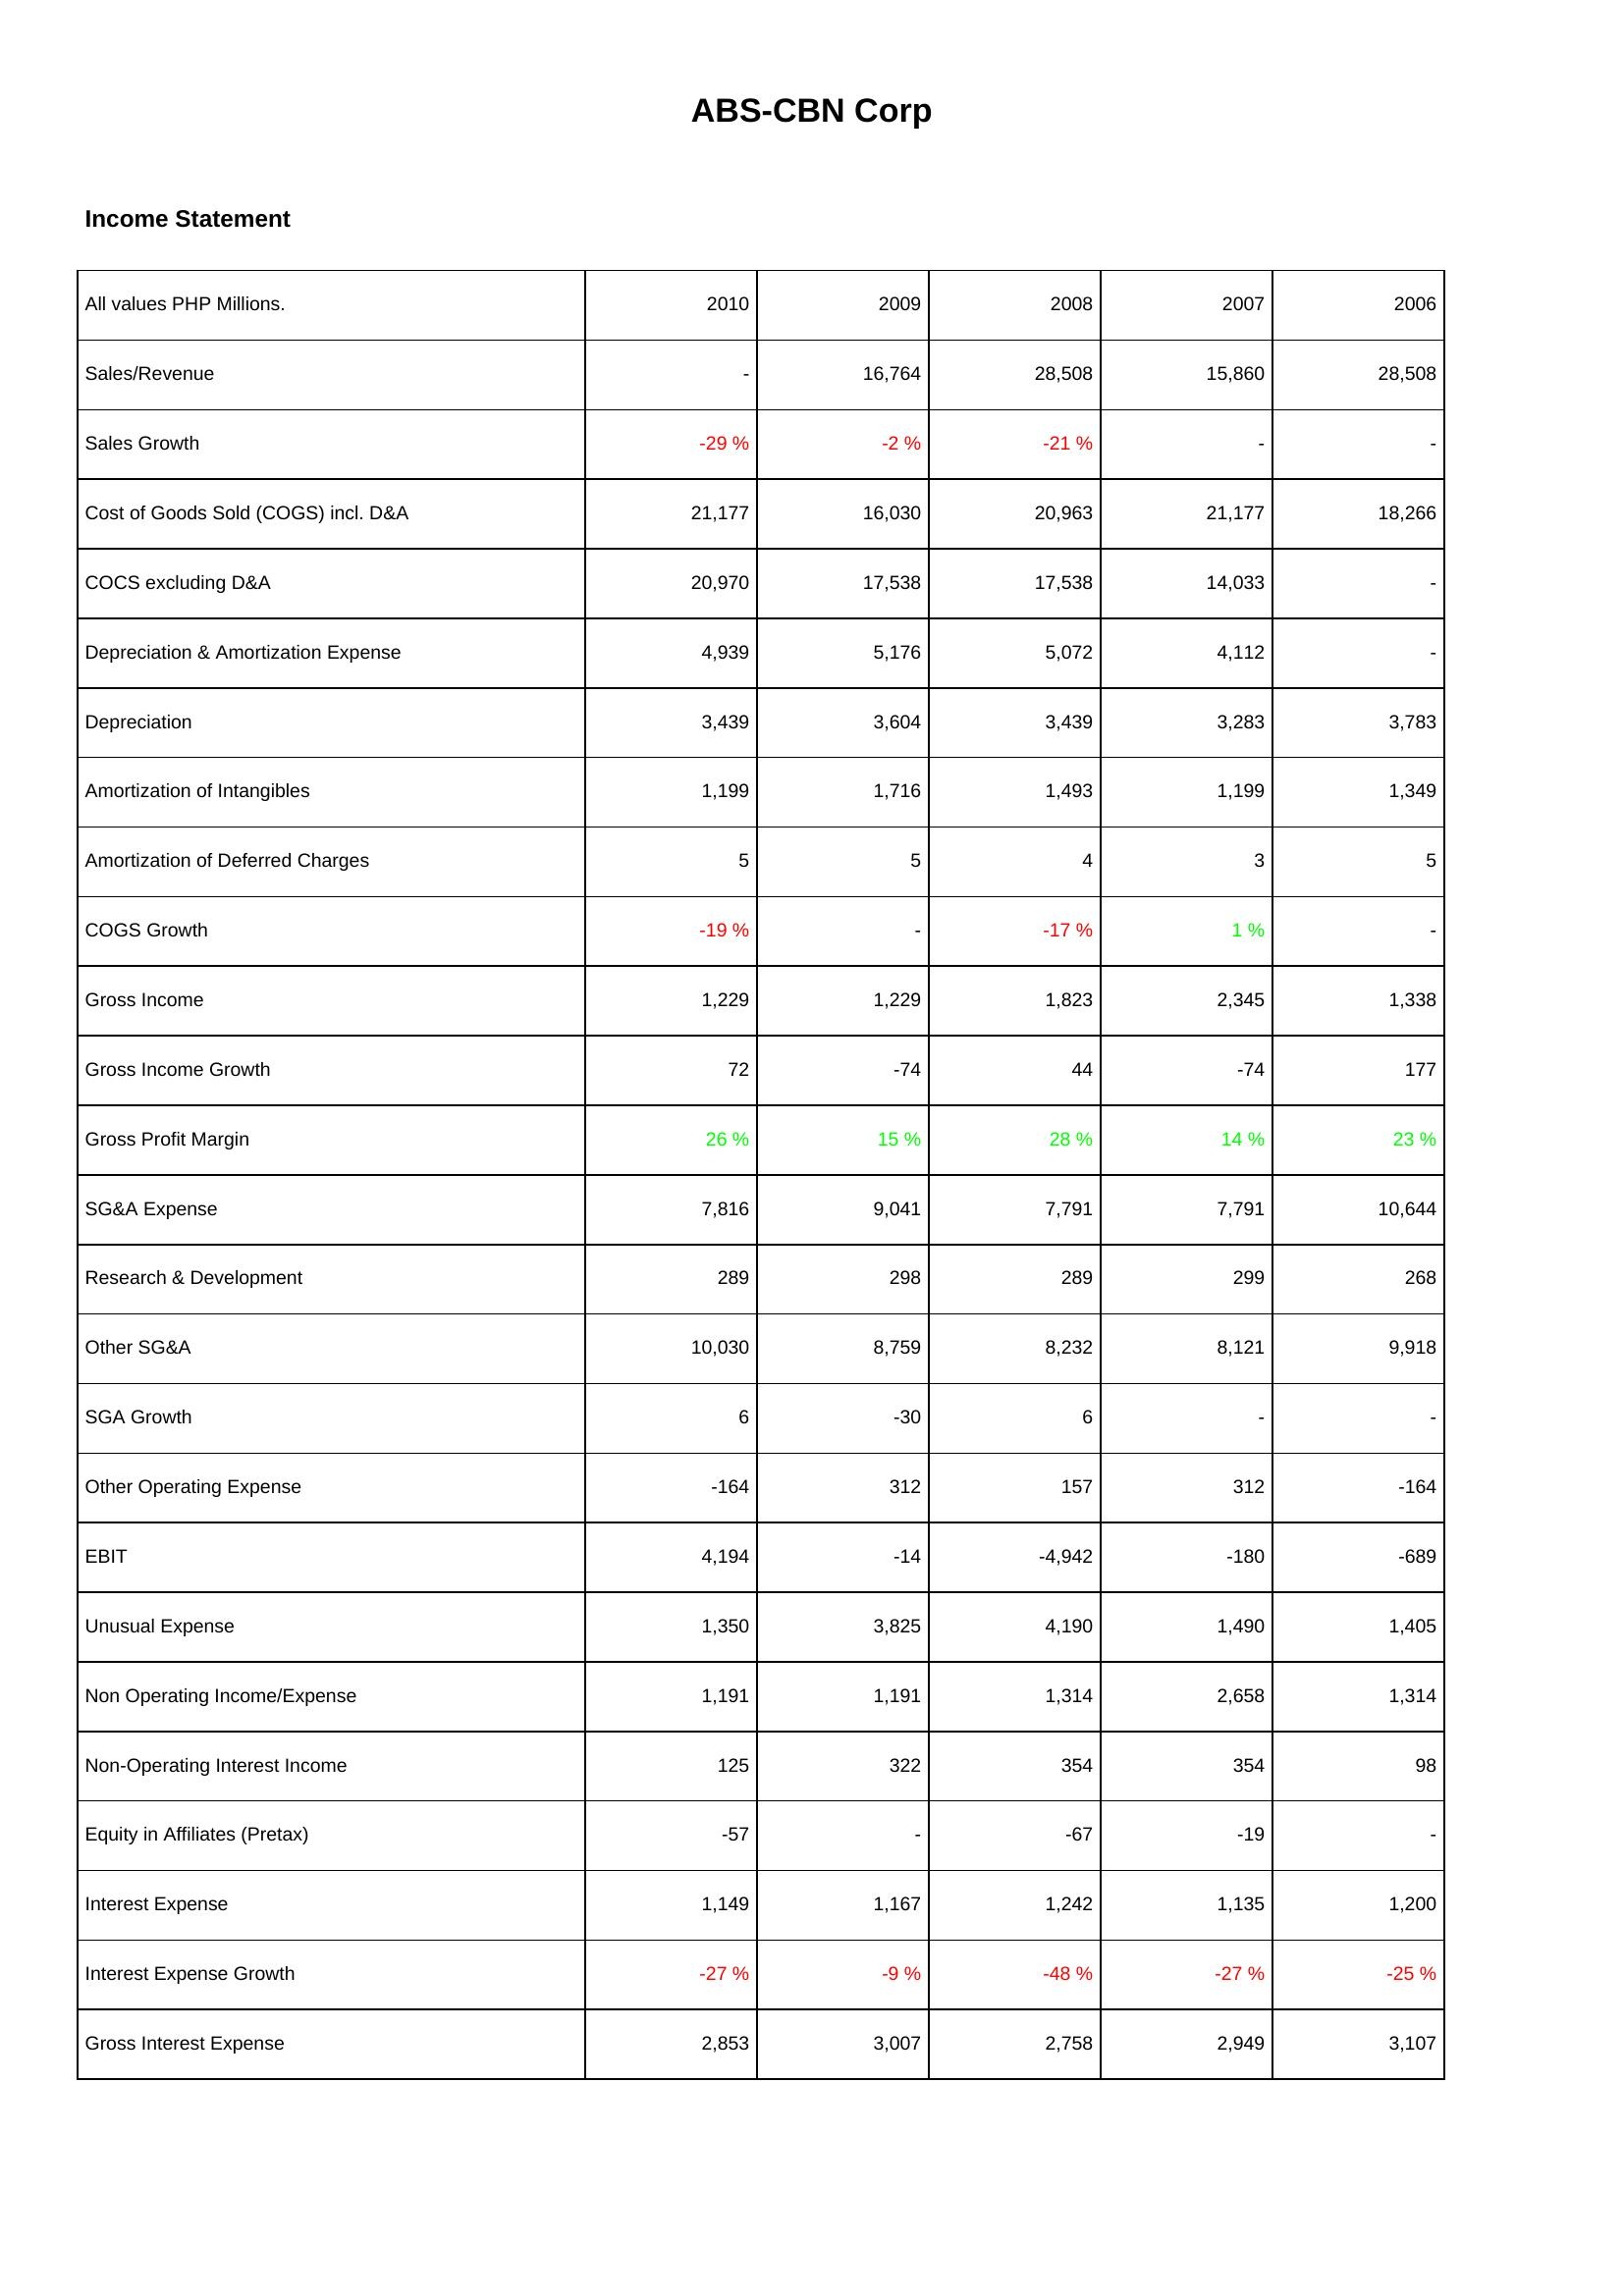
2010: Income Statement: Sales/Revenue: -
Sales Growth: -29 %
Cost of Goods Sold (COGS) incl. D&A: 21,177
COCS excluding D&A: 20,970
Depreciation & Amortization Expense: 4,939
Depreciation: 3,439
Amortization of Intangibles: 1,199
Amortization of Deferred Charges: 5
COGS Growth: -19 %
Gross Income: 1,229
Gross Income Growth: 72
Gross Profit Margin: 26 %
SG&A Expense: 7,816
Research & Development: 289
Other SG&A: 10,030
SGA Growth: 6
Other Operating Expense: -164
EBIT: 4,194
Unusual Expense: 1,350
Non Operating Income/Expense: 1,191
Non-Operating Interest Income: 125
Equity in Affiliates (Pretax): -57
Interest Expense: 1,149
Interest Expense Growth: -27 %
Gross Interest Expense: 2,853
2009: Income Statement: Sales/Revenue: 16,764
Sales Growth: -2 %
Cost of Goods Sold (COGS) incl. D&A: 16,030
COCS excluding D&A: 17,538
Depreciation & Amortization Expense: 5,176
Depreciation: 3,604
Amortization of Intangibles: 1,716
Amortization of Deferred Charges: 5
COGS Growth: -
Gross Income: 1,229
Gross Income Growth: -74
Gross Profit Margin: 15 %
SG&A Expense: 9,041
Research & Development: 298
Other SG&A: 8,759
SGA Growth: -30
Other Operating Expense: 312
EBIT: -14
Unusual Expense: 3,825
Non Operating Income/Expense: 1,191
Non-Operating Interest Income: 322
Equity in Affiliates (Pretax): -
Interest Expense: 1,167
Interest Expense Growth: -9 %
Gross Interest Expense: 3,007
2008: Income Statement: Sales/Revenue: 28,508
Sales Growth: -21 %
Cost of Goods Sold (COGS) incl. D&A: 20,963
COCS excluding D&A: 17,538
Depreciation & Amortization Expense: 5,072
Depreciation: 3,439
Amortization of Intangibles: 1,493
Amortization of Deferred Charges: 4
COGS Growth: -17 %
Gross Income: 1,823
Gross Income Growth: 44
Gross Profit Margin: 28 %
SG&A Expense: 7,791
Research & Development: 289
Other SG&A: 8,232
SGA Growth: 6
Other Operating Expense: 157
EBIT: -4,942
Unusual Expense: 4,190
Non Operating Income/Expense: 1,314
Non-Operating Interest Income: 354
Equity in Affiliates (Pretax): -67
Interest Expense: 1,242
Interest Expense Growth: -48 %
Gross Interest Expense: 2,758
2007: Income Statement: Sales/Revenue: 15,860
Sales Growth: -
Cost of Goods Sold (COGS) incl. D&A: 21,177
COCS excluding D&A: 14,033
Depreciation & Amortization Expense: 4,112
Depreciation: 3,283
Amortization of Intangibles: 1,199
Amortization of Deferred Charges: 3
COGS Growth: 1 %
Gross Income: 2,345
Gross Income Growth: -74
Gross Profit Margin: 14 %
SG&A Expense: 7,791
Research & Development: 299
Other SG&A: 8,121
SGA Growth: -
Other Operating Expense: 312
EBIT: -180
Unusual Expense: 1,490
Non Operating Income/Expense: 2,658
Non-Operating Interest Income: 354
Equity in Affiliates (Pretax): -19
Interest Expense: 1,135
Interest Expense Growth: -27 %
Gross Interest Expense: 2,949
2006: Income Statement: Sales/Revenue: 28,508
Sales Growth: -
Cost of Goods Sold (COGS) incl. D&A: 18,266
COCS excluding D&A: -
Depreciation & Amortization Expense: -
Depreciation: 3,783
Amortization of Intangibles: 1,349
Amortization of Deferred Charges: 5
COGS Growth: -
Gross Income: 1,338
Gross Income Growth: 177
Gross Profit Margin: 23 %
SG&A Expense: 10,644
Research & Development: 268
Other SG&A: 9,918
SGA Growth: -
Other Operating Expense: -164
EBIT: -689
Unusual Expense: 1,405
Non Operating Income/Expense: 1,314
Non-Operating Interest Income: 98
Equity in Affiliates (Pretax): -
Interest Expense: 1,200
Interest Expense Growth: -25 %
Gross Interest Expense: 3,107